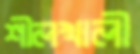
শীলখালী